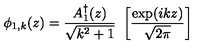
\phi _ { 1 , k } ( z ) = { \frac { A _ { 1 } ^ { \dagger } ( z ) } { \sqrt { k ^ { 2 } + 1 } } } \ \left[ { \frac { \exp ( i k z ) } { \sqrt { 2 \pi } } } \right]